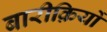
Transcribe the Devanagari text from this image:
बारीक़ियों